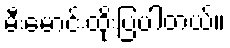
မီးမောင်းထိုးပြပါတယ်။